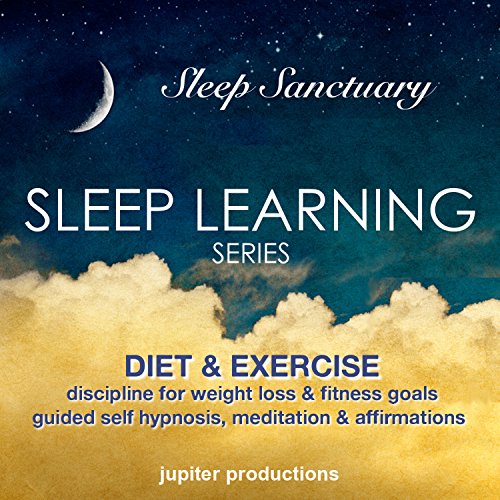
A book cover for Diet & Exercise Discipline for Weight Loss & Fitness Goals: Sleep Learning Series, Guided Self Hypnosis, Meditation, & Affirmations;  Jupiter Productions; Health, Fitness & Dieting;